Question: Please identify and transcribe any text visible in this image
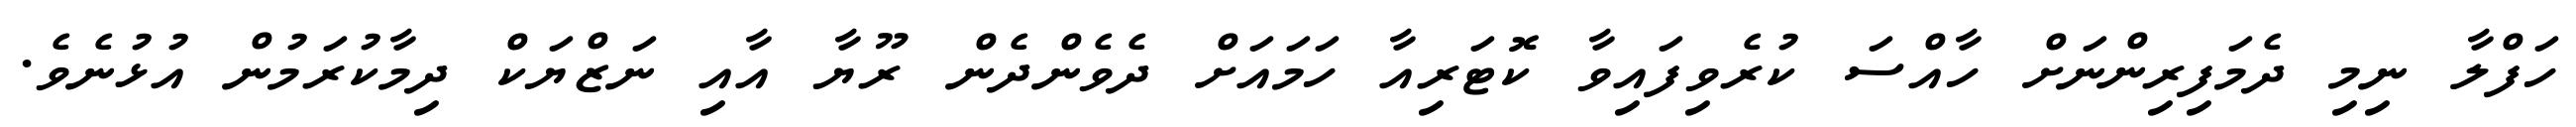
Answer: ހަފްލާ ނިމި ދެމަފިރިންނަށް ހާއްސަ ކުރެވިފައިވާ ކޮޓަރިއާ ހަމައަށް ދެވެންދެން ރޫޔާ އާއި ނަޒްޔަކް ދިމާކުރަމުން އުޅުނެވެ.